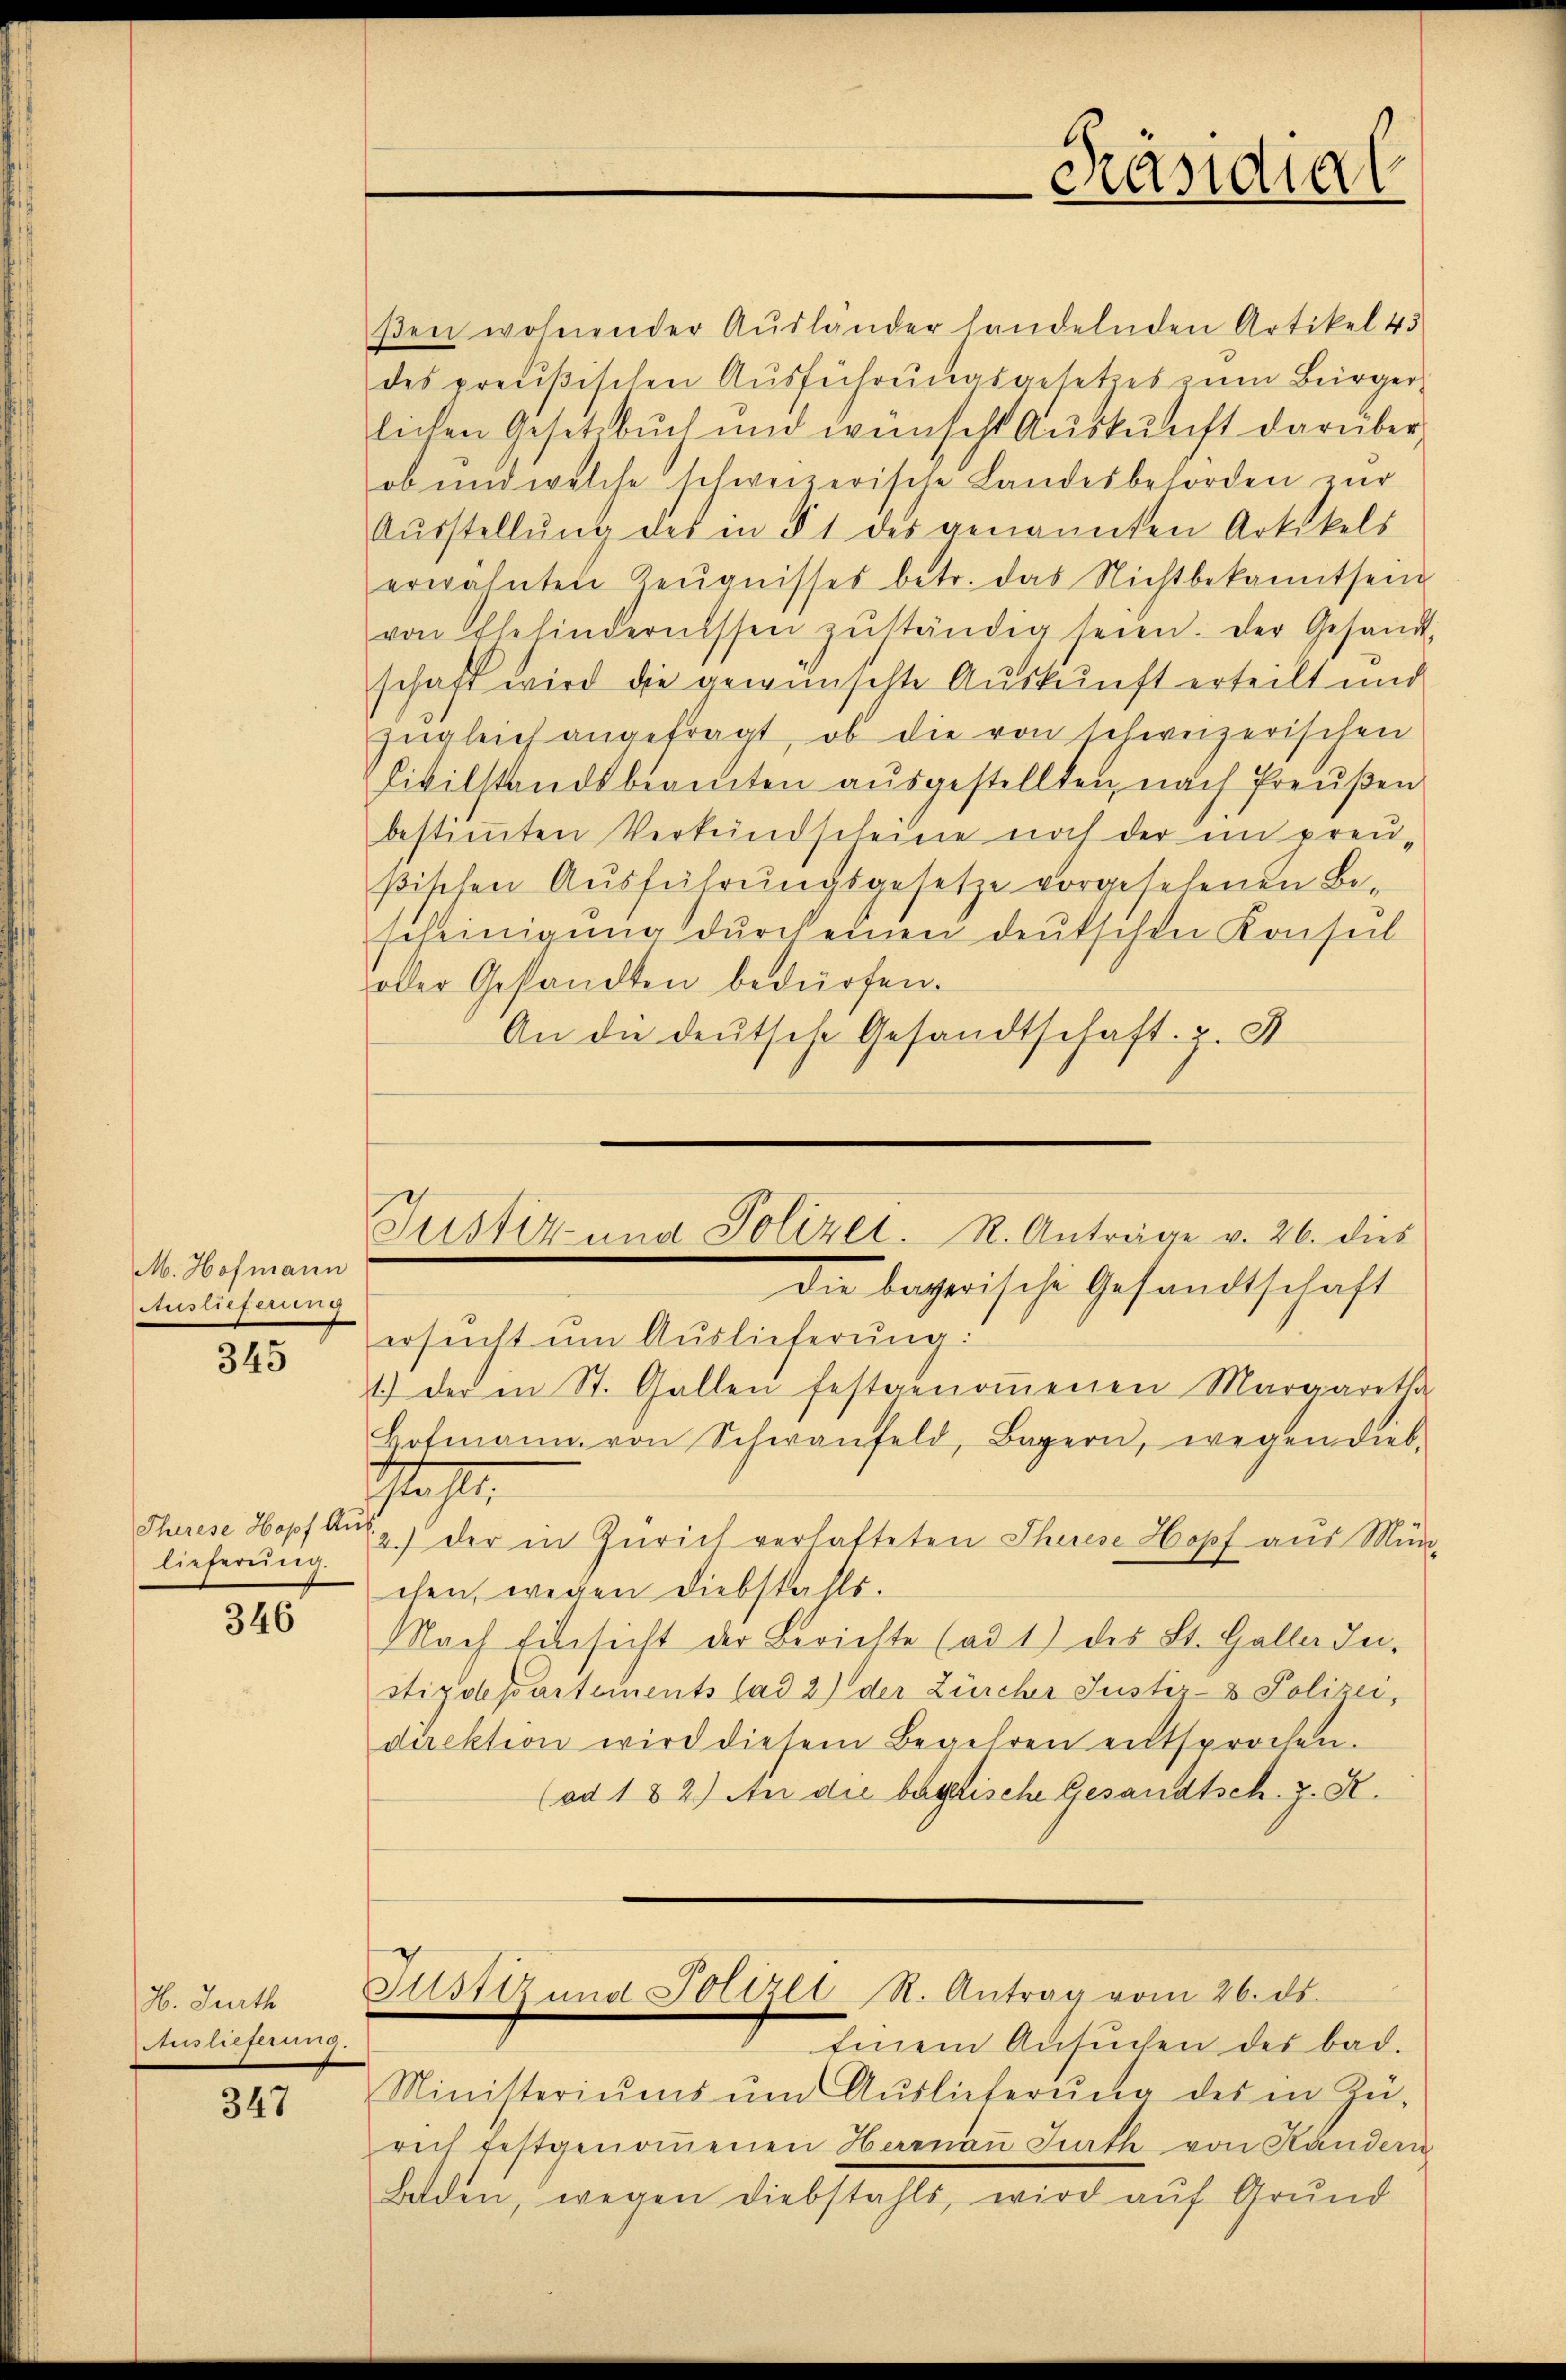
M. Hofmann
Auslieferung
345

Therese Hopf Aus-
lieferŭng.

346

H. Furth
Auslieferung.

347

ßen wohnender Auslander handelnden Artikel 43
des preußischen Aŭsführŭngsgesetzes zum Bürger
lichen Gesetzbuch und wünscht Auskunft darüber
ob und welche schweizerische Landesbehörden zur
Aŭsstellŭng des in § 1 des genannten Artikels
erwähnten Zeŭgnisses betr. das Nichtbekanntsend
von Ehehindernissen zŭständig seien. Der Gesandt-
schaft wird die gewünschte Auskunft erteilt und
Zügleich angetragt, ob die von schweizerischen
Civilstandsbeamten aŭsgestellten nach Preußen
bestimmten Verkündscheine noch der im preu-
ßischen Ausführungsgesetze vorgesehenen Bescheinigung dŭrch einen deutschen Konseil
oller Gesandten bedürfen.
An die deutsche Gesandtschaft. u. B

Präsidial

Justiz und Polizei. R. Anträge v. 26. dies

die begerische Gesandtschaft
ersucht um Auslieferung:
1.) der in St. Gallen festgenoṁenen Margaretha
Botmann von Schwanfeld, Bayern, wegen dies-
G.f.
2.) der in Zürich verhafteten Therese Hopf aus Mün-
chen, wegen Diebstahls.
Nach Einsicht der Berichte (ad 1) des St. Galler Instizdepartements ad 2) der Zürcher Justiz- & Polizei,
direktion wird diesem Begehren entsprochen.
(od 182) An die bastische Gesandtsch. z. R.
Fister und Polizei St. Antrag vom 26. ds.
Einem Ansŭchen des bad.
Ministeriŭms ŭm Aŭslieferŭng des in Zŭ-
rech festgenoṁenen Herrnaṅ Jth von Handen
Bilden, wegen Diebstahls, wird auf Grund